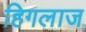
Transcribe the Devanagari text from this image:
हिगलाज